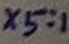
Text: X5:1